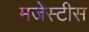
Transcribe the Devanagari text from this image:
मजेस्टीस